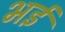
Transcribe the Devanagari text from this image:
भईं